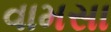
વામસા